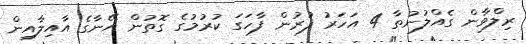
ރިލްވާން ގެއްލުނުތާ 4 އަހަރު ފުރުން ފާހަގަ ކުރުމުގެ ގޮތުން އޭނާގެ އާއިލާއިން